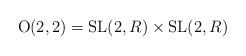
LaTeX: \begin{align*}{\rm O}(2,2) = {\rm SL}(2, R) \times {\rm SL}(2,R)\end{align*}